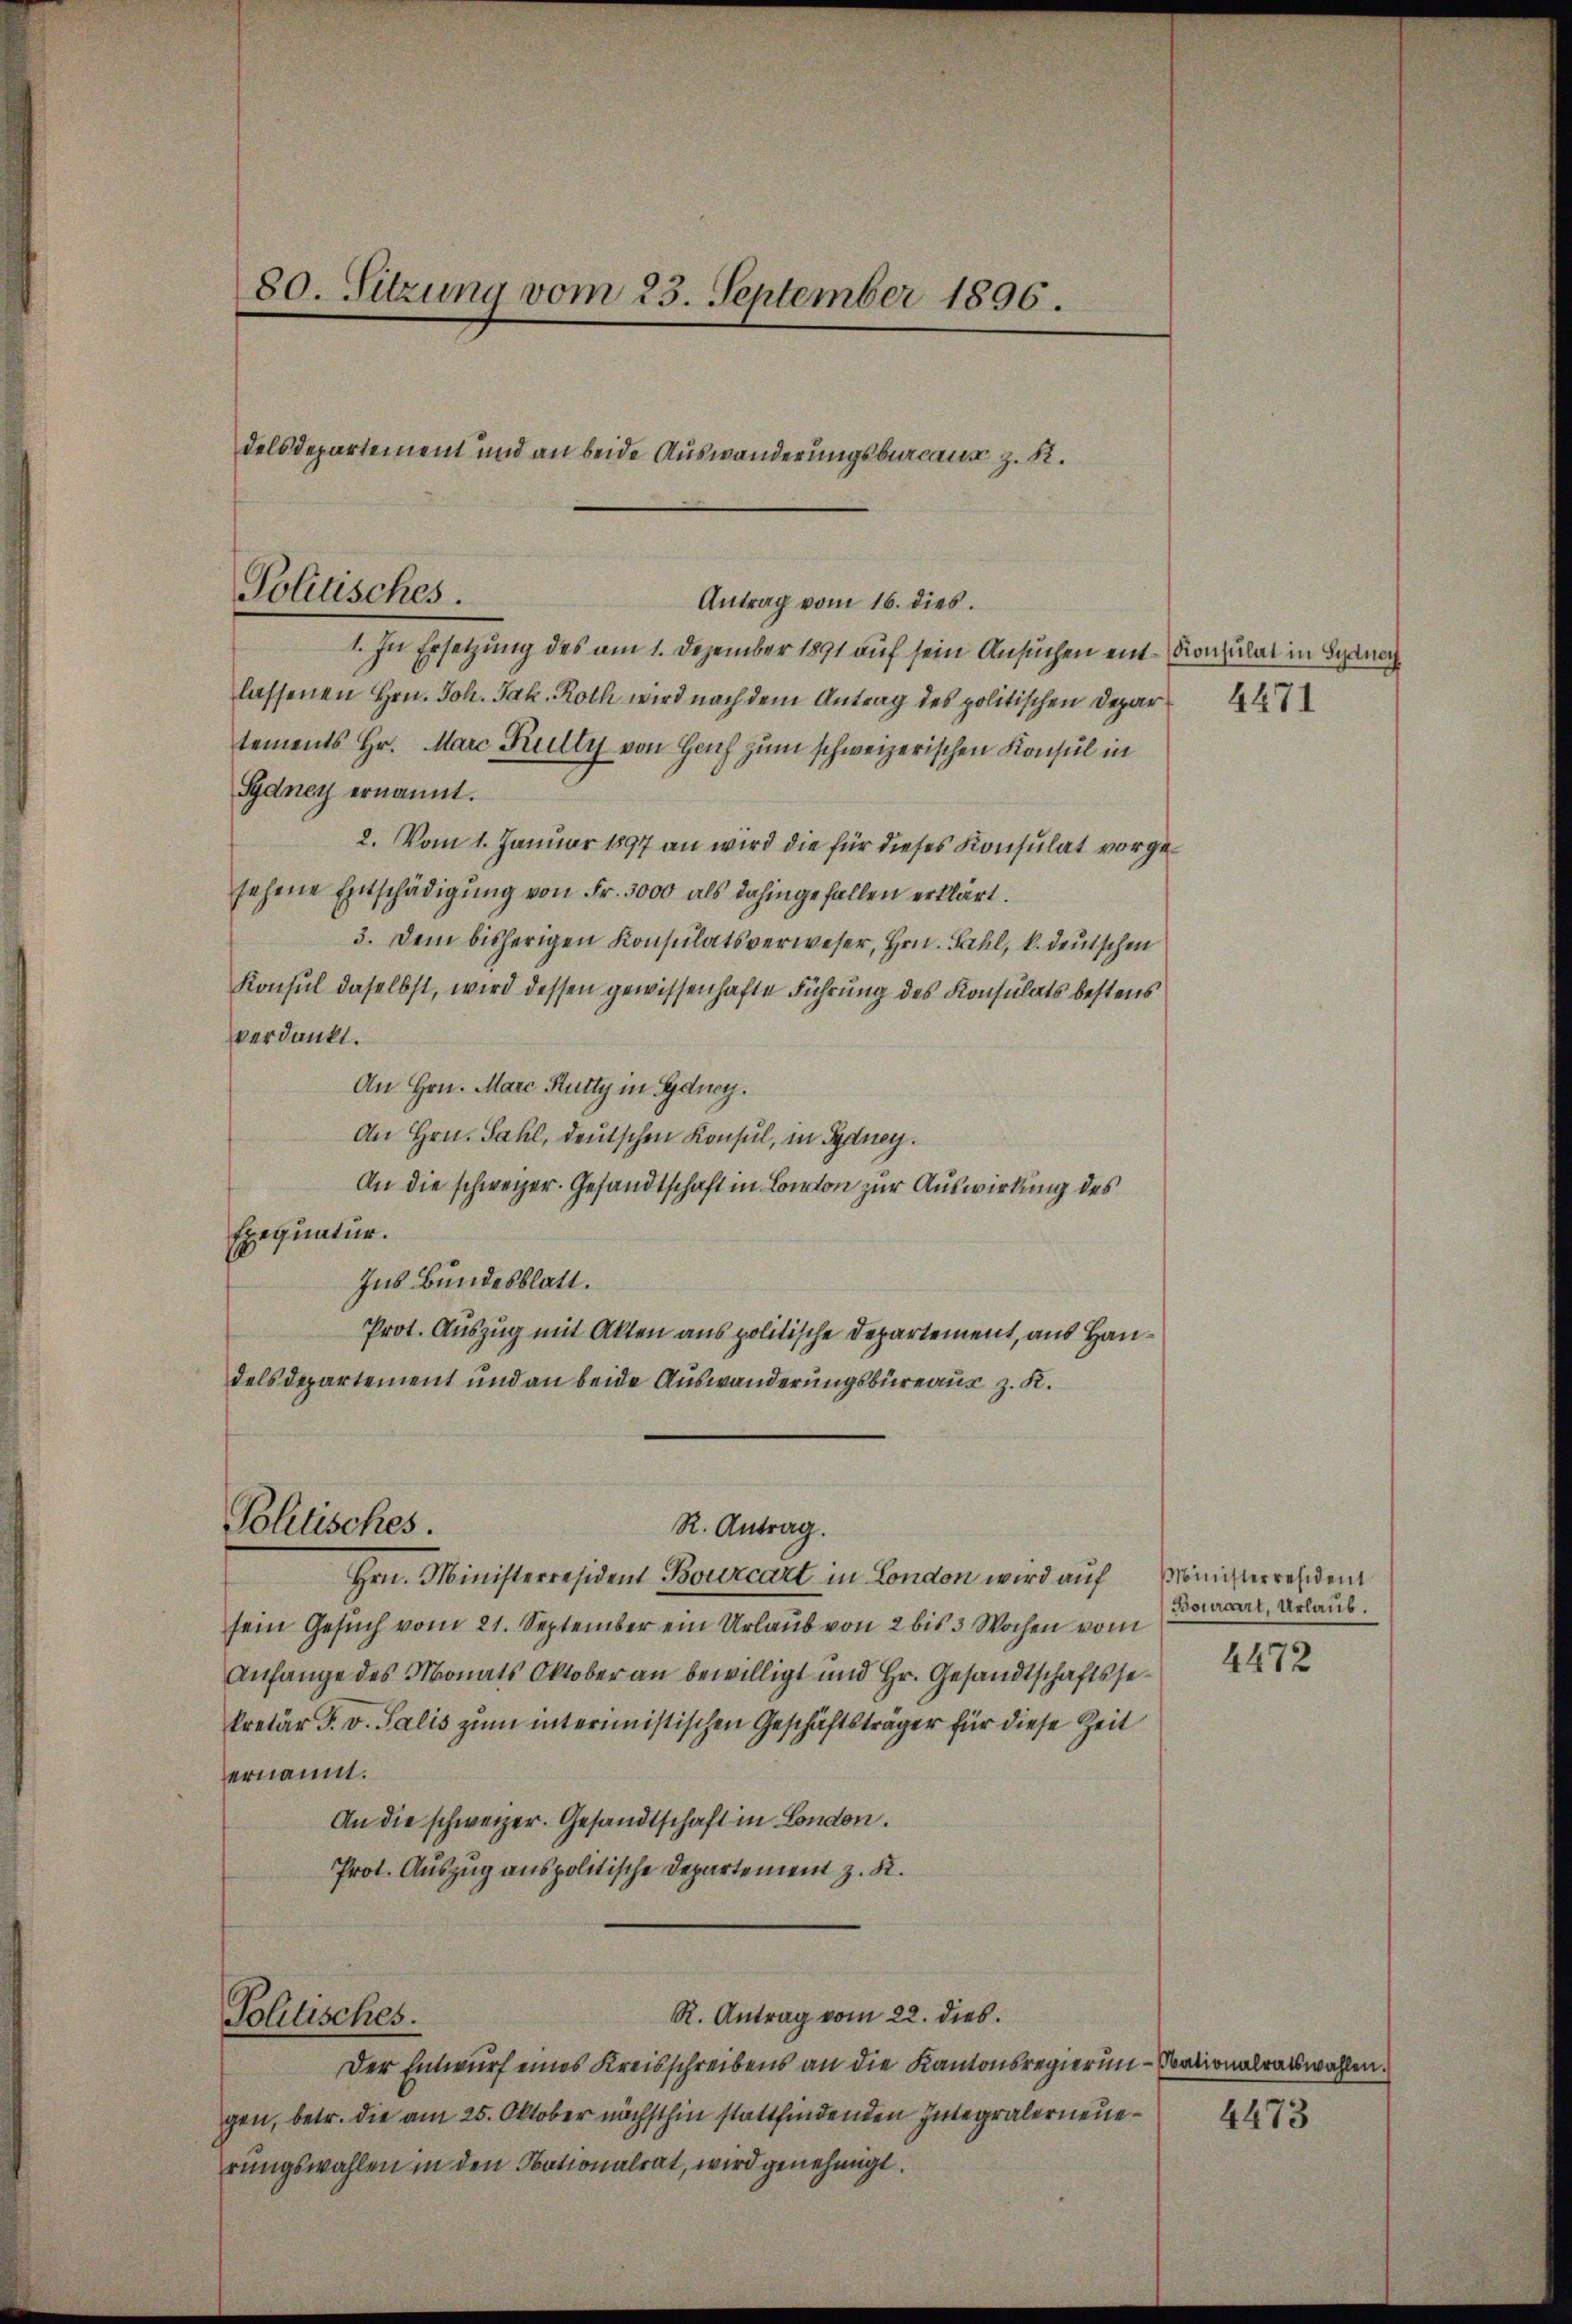
Politisches.
Antrag vom 16. dies

80. Sitzung vom 23. September 1896.

1. In Ersetzung des am 1. Dezember 1891 auf sein Ansuchen ein Konsulat in Bernach
lassenen Hrn. Joh. Jak. Roth wird nach dem Antrag des politischen Depar
tements Hr. Marc Kully von Hoch zum schweizerischen Konsul in
Sydney ernannt.
2. Vom 1. Januar 1897 an wird die für dieses Konsulat vorgesehene Entschädigŭng von Fr. 3000 als dahingefallen erklärt.
3. Dem bisherigen Konsulatsverweser, Hrn. Fahl, k. deutschen
Konsul daselbst, wird dessen gewissenhafte Führung des Konsulats bestens
verdankt.
An Hrn. Marc Rutty in Gdney.
An Hrn. Sahl, deutschen Konsul, in Sydney.
An die schweizer. Gesandtschaft in London zur Auswirkung des
Exequatur.
1
Ins Bundesblatt.
Prot. Auszug mit Akten aus politische Departement, aus Handelsdepartement und an beide Auswanderungsbüreaus z. K.
Politisches.
R. Antrag.
Hrn. Ministerresident Bourcart in London wird auf Ministerresident
sein Gesuch vom 21. September ein Urlaub von 2 bis 3 Wochen vom
Anfange des Monats Oktober an bewilligt und Hr. Gesandtschaftssekretär F. v. Salis zum interimistischen Geschäftsträger für diese Zeit
ernannt.
An die schweizer. Gesandtschaft in London.
Prot. Auszug anspolitische Departement z. K.
R. Antrag vom 22. dies
Politisches.
Der Entwurf eines Kreisschreibens an die Kantonsregierun-bationalratswahlen.
gen, betr. die am 25. Oktober nächsthin stattfindenden Integralerneuerungswahlen in den Obationalrat, wird genehmigt.

delsdepartement und an beide Auswanderungsbureaus z. R.

Bourcart, Urlaub.

4472

4473